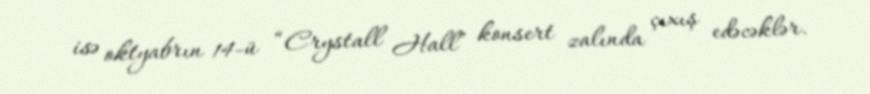
isə oktyabrın 14-ü “Crystall Hall” konsert zalında çıxış edəcəklər.